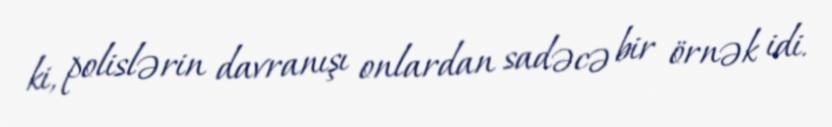
ki, polislərin davranışı onlardan sadəcə bir örnək idi.